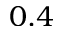
0 . 4